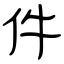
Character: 件